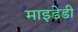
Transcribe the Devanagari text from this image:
माइडेडी